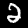
Label: 2